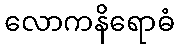
လောကနိရောဓံ